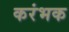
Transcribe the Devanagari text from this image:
करंभक